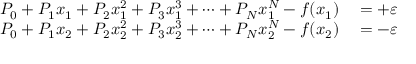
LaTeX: \begin{array} { r l } { P _ { 0 } + P _ { 1 } x _ { 1 } + P _ { 2 } x _ { 1 } ^ { 2 } + P _ { 3 } x _ { 1 } ^ { 3 } + \dots + P _ { N } x _ { 1 } ^ { N } - f ( x _ { 1 } ) } & { { } = + \varepsilon } \\ { P _ { 0 } + P _ { 1 } x _ { 2 } + P _ { 2 } x _ { 2 } ^ { 2 } + P _ { 3 } x _ { 2 } ^ { 3 } + \dots + P _ { N } x _ { 2 } ^ { N } - f ( x _ { 2 } ) } & { { } = - \varepsilon } \end{array}